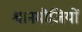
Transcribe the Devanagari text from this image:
श्वानमौजियों